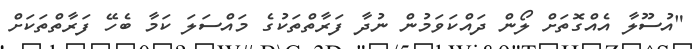
"އުސޫލާ އެއްގޮތަށް ލޯން ދައްކަވަމުން ނުދާ ފަރާތްތަކުގެ މައްސަލަ ކަމާ ބެހޭ ފަރާތްތަކަށް